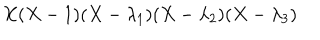
X ( X - 1 ) ( X - \lambda _ { 1 } ) ( X - \lambda _ { 2 } ) ( X - \lambda _ { 3 } )